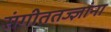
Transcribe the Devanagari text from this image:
संगीततज्ज्ञांना